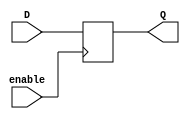
module gated_d_latch_ff (
    input D,
    input enable,
    output reg Q
);

always @(posedge enable) begin
    if (enable) begin
        Q <= D;
    end
end

endmodule